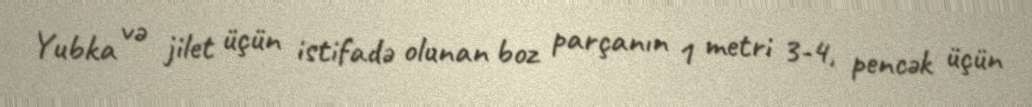
Yubka və jilet üçün istifadə olunan boz parçanın 1 metri 3-4, pencək üçün